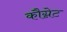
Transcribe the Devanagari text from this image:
कौग्नेट